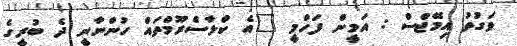
ވަގުތު އިމޭޖްސް : އަމީން ފަހްމީ "އެ ކްލާސްރޫމްތައް ހުންނާނީ ދެ ބުރީގެ